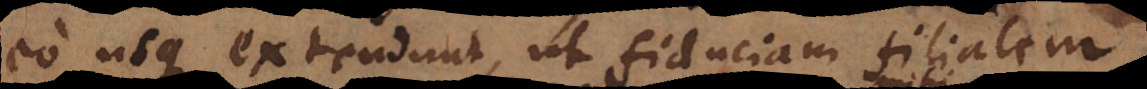
eo usque extendunt, ut fiduciam filialem